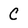
Character: C